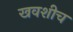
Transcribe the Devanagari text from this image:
खवशीच